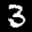
Label: 3